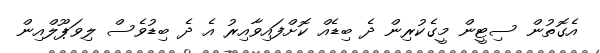
އެގޮތުން ސިޓީން މީގެކުރިން ދެ ބިޑެއް ކޮށްފައިވާއިރު އެ ދެ ބިޑުވެސް ލިވަޕޫލްއިން